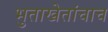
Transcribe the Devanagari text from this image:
भुताखेतांचाच